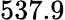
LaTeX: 537.9